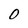
Character: O